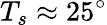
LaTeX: T_{s}\approx 25^{\circ}